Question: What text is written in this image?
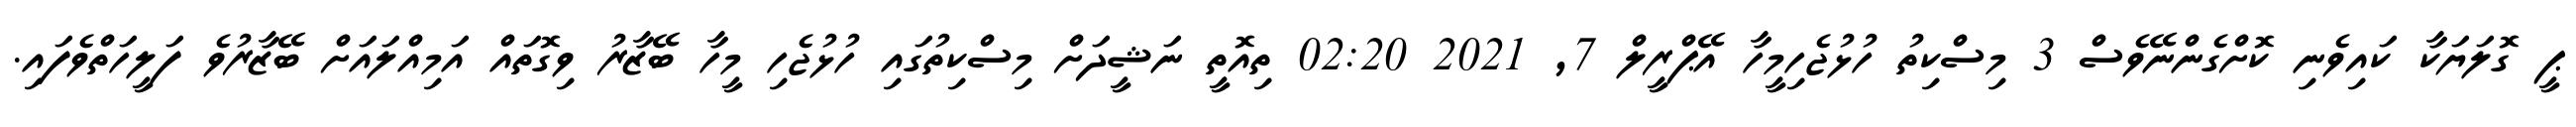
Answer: ޕީ ގޮލަޔަކާ ކައިވެނި ކޮށްގެންނޭވެސް 3 މިސްކިތު ހުޅުޖެހިމީހާ އޭޕްރީލް 7, 2021 02:20 ތިއޮތީ ނަޝީދަށް މިސްކިތުގައި ހުޅުޖެހި މީހާ ބޭޒާރު ވިގޮތައް އަމިއްލައަށް ބޭޒާރުވެ ފަލީހަތްވެފައި.